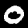
Digit: 0